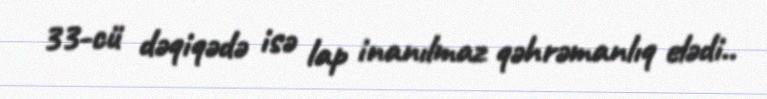
33-cü dəqiqədə isə lap inanılmaz qəhrəmanlıq elədi..